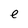
Character: e